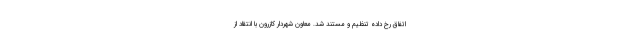
اتفاق رخ داده تنظیم و مستند شد. معاون شهردار کازرون با انتقاد از